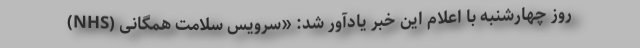
روز چهارشنبه با اعلام این خبر یادآور شد: «سرویس سلامت همگانی (NHS)